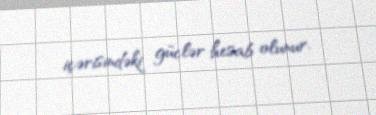
içərisindəki güclər hesab olunur.